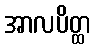
အာလပိတ္ထ